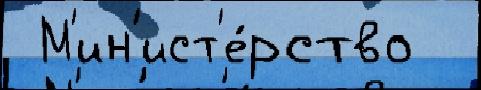
 М'ин'ист'е́рство